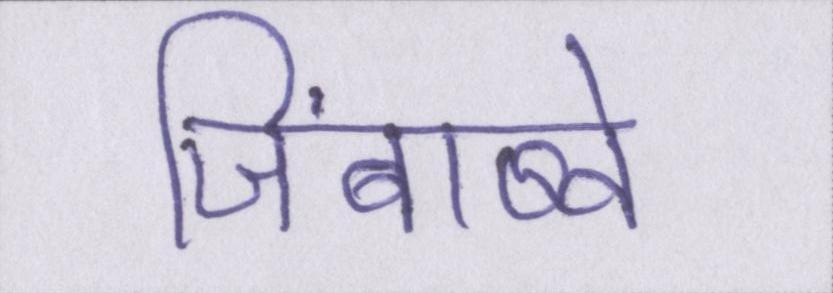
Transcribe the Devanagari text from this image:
जिंबाब्वे